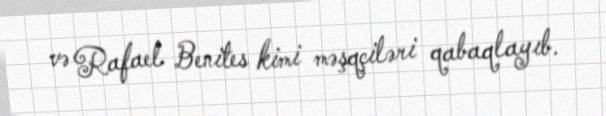
və Rafael Benites kimi məşqçiləri qabaqlayıb.